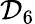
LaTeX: {\mathcal{D}}_{6}